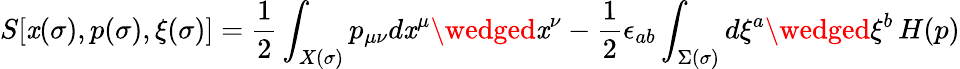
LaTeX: S[\mathit{x}(\sigma),p(\sigma),\xi(\sigma)]={\frac{{1}}{{2}}}\int_{X(\sigma)}p_{\mu\nu}d\mathit{x}^{\mu}\wedged\mathit{x}^{\nu}-{\frac{{1}}{{2}}}\epsilon_{ab}\int_{\Sigma(\sigma)}d\xi^{a}\wedged\xi^{b}\, H(p)